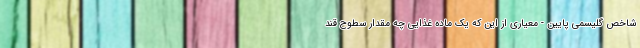
شاخص گلیسمی پایین - معیاری از این که یک ماده غذایی چه مقدار سطوح قند